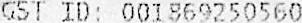
GST ID: 001869250560